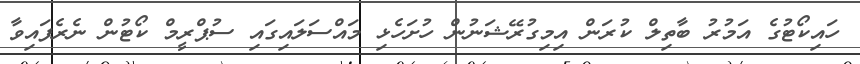
ހައިކޯޓުގެ އަމުރު ބާތިލް ކުރަން އިމިގުރޭޝަނުން ހުށަހެޅި މައްސަލައިގައި ސުޕްރީމް ކޯޓުން ނެރެފައިވާ